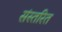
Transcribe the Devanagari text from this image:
संस्तरित